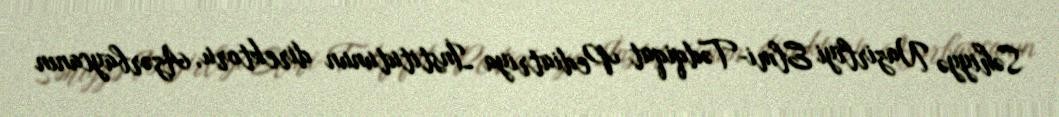
Səhiyyə Nazirliyi Elmi-Tədqiqat Pediatriya İnstitutunun direktoru, Azərbaycanın